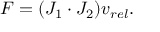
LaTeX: F = ( J _ { 1 } \cdot J _ { 2 } ) v _ { r e l } .